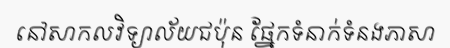
នៅសាកលវិទ្យាល័យជប៉ុន ផ្នែកទំនាក់ទំនងភាសា